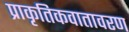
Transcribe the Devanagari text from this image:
प्राकृतिकवातावरण